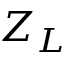
Z _ { L }